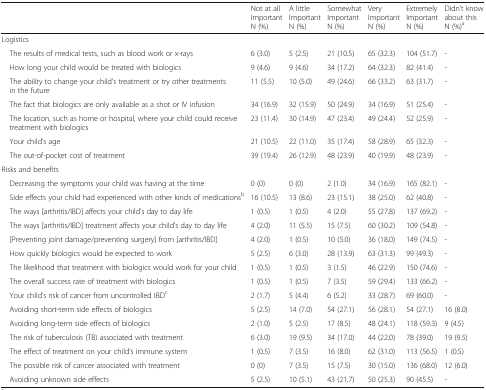
<table><thead><tr><td></td><td><b>Not at all ImportantN (%)</b></td><td><b>A little ImportantN (%)</b></td><td><b>Somewhat ImportantN (%)</b></td><td><b>Very ImportantN (%)</b></td><td><b>Extremely ImportantN (%)</b></td><td><b>Didn’t know about thisN (%)<sup>a</sup></b></td></tr></thead><tbody><tr><td colspan="7">Logistics</td></tr><tr><td> The results of medical tests, such as blood work or x-rays</td><td>6 (3.0)</td><td>5 (2.5)</td><td>21 (10.5)</td><td>65 (32.3)</td><td>104 (51.7)</td><td>-</td></tr><tr><td> How long your child would be treated with biologics</td><td>9 (4.6)</td><td>9 (4.6)</td><td>34 (17.2)</td><td>64 (32.3)</td><td>82 (41.4)</td><td>-</td></tr><tr><td> The ability to change your child’s treatment or try other treatments in the future</td><td>11 (5.5)</td><td>10 (5.0)</td><td>49 (24.6)</td><td>66 (33.2)</td><td>63 (31.7)</td><td>-</td></tr><tr><td> The fact that biologics are only available as a shot or IV infusion</td><td>34 (16.9)</td><td>32 (15.9)</td><td>50 (24.9)</td><td>34 (16.9)</td><td>51 (25.4)</td><td>-</td></tr><tr><td> The location, such as home or hospital, where your child could receive treatment with biologics</td><td>23 (11.4)</td><td>30 (14.9)</td><td>47 (23.4)</td><td>49 (24.4)</td><td>52 (25.9)</td><td>-</td></tr><tr><td> Your child’s age</td><td>21 (10.5)</td><td>22 (11.0)</td><td>35 (17.4)</td><td>58 (28.9)</td><td>65 (32.3)</td><td>-</td></tr><tr><td> The out-of-pocket cost of treatment</td><td>39 (19.4)</td><td>26 (12.9)</td><td>48 (23.9)</td><td>40 (19.9)</td><td>48 (23.9)</td><td>-</td></tr><tr><td colspan="7">Risks and benefits</td></tr><tr><td> Decreasing the symptoms your child was having at the time</td><td>0 (0)</td><td>0 (0)</td><td>2 (1.0)</td><td>34 (16.9)</td><td>165 (82.1)</td><td>-</td></tr><tr><td> Side effects your child had experienced with other kinds of medications<sup>b</sup></td><td>16 (10.5)</td><td>13 (8.6)</td><td>23 (15.1)</td><td>38 (25.0)</td><td>62 (40.8)</td><td>-</td></tr><tr><td> The ways [arthritis/IBD] affects your child’s day to day life</td><td>1 (0.5)</td><td>1 (0.5)</td><td>4 (2.0)</td><td>55 (27.8)</td><td>137 (69.2)</td><td>-</td></tr><tr><td> The ways [arthritis/IBD] treatment affects your child’s day to day life</td><td>4 (2.0)</td><td>11 (5.5)</td><td>15 (7.5)</td><td>60 (30.2)</td><td>109 (54.8)</td><td>-</td></tr><tr><td> [Preventing joint damage/preventing surgery] from [arthritis/IBD]</td><td>4 (2.0)</td><td>1 (0.5)</td><td>10 (5.0)</td><td>36 (18.0)</td><td>149 (74.5)</td><td>-</td></tr><tr><td> How quickly biologics would be expected to work</td><td>5 (2.5)</td><td>6 (3.0)</td><td>28 (13.9)</td><td>63 (31.3)</td><td>99 (49.3)</td><td>-</td></tr><tr><td> The likelihood that treatment with biologics would work for your child</td><td>1 (0.5)</td><td>1 (0.5)</td><td>3 (1.5)</td><td>46 (22.9)</td><td>150 (74.6)</td><td>-</td></tr><tr><td> The overall success rate of treatment with biologics</td><td>1 (0.5)</td><td>1 (0.5)</td><td>7 (3.5)</td><td>59 (29.4)</td><td>133 (66.2)</td><td>-</td></tr><tr><td> Your child’s risk of cancer from uncontrolled IBD<sup>c</sup></td><td>2 (1.7)</td><td>5 (4.4)</td><td>6 (5.2)</td><td>33 (28.7)</td><td>69 (60.0)</td><td>-</td></tr><tr><td> Avoiding short-term side effects of biologics</td><td>5 (2.5)</td><td>14 (7.0)</td><td>54 (27.1)</td><td>56 (28.1)</td><td>54 (27.1)</td><td>16 (8.0)</td></tr><tr><td> Avoiding long-term side effects of biologics</td><td>2 (1.0)</td><td>5 (2.5)</td><td>17 (8.5)</td><td>48 (24.1)</td><td>118 (59.3)</td><td>9 (4.5)</td></tr><tr><td> The risk of tuberculosis (TB) associated with treatment</td><td>6 (3.0)</td><td>19 (9.5)</td><td>34 (17.0)</td><td>44 (22.0)</td><td>78 (39.0)</td><td>19 (9.5)</td></tr><tr><td> The effect of treatment on your child’s immune system</td><td>1 (0.5)</td><td>7 (3.5)</td><td>16 (8.0)</td><td>62 (31.0)</td><td>113 (56.5)</td><td>1 (0.5)</td></tr><tr><td> The possible risk of cancer associated with treatment</td><td>0 (0)</td><td>7 (3.5)</td><td>15 (7.5)</td><td>30 (15.0)</td><td>136 (68.0)</td><td>12 (6.0)</td></tr><tr><td> Avoiding unknown side effects</td><td>5 (2.5)</td><td>10 (5.1)</td><td>43 (21.7)</td><td>50 (25.3)</td><td>90 (45.5)</td><td>-</td></tr></tbody></table>